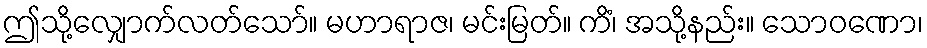
ဤသို့လျှောက်လတ်သော်။ မဟာရာဇ၊ မင်းမြတ်။ ကိံ၊ အသို့နည်း။ သောဝဏော၊